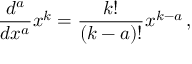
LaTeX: { \frac { d ^ { a } } { d x ^ { a } } } x ^ { k } = { \frac { k ! } { ( k - a ) ! } } x ^ { k - a } \, ,